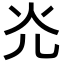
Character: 灮